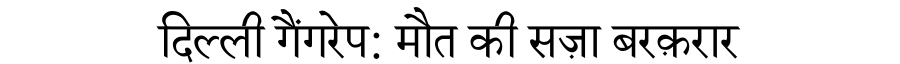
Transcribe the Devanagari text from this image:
दिल्ली गैंगरेप: मौत की सज़ा बरक़रार